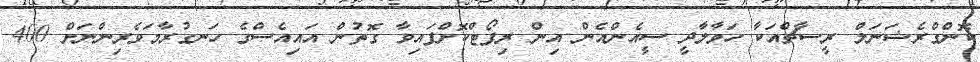
ކޮންގްރެޝަނަލް ރީސާޗްއަކާ ހަވާލާދީ ސީއެންއެން އިން ރިޕޯޓްކޮށްފައިވާ ގޮތުން އައިއެސްގެ ހަނގުރާމަވެރިންނަށް 400